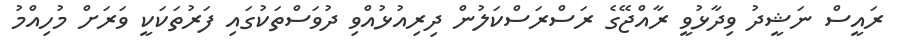
ރައީސް ނަޝީދު ވިދާޅުވީ ރާއްޖޭގެ ރަސްރަސްކަލުން ދިރިއުޅުއްވި ދުވަސްތަކުގައި ފަރުތަކަކީ ވަރަށް މުހިއްމު